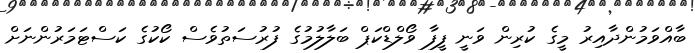
ބާއްވަމުންދާއިރު މީގެ ކުރިން ވަނީ ފީފާ ވޯލްޑްކަޕް ބަލާލުމުގެ ފުރުސަތުވެސް ކޯކުގެ ކަސްޓަމަރުންނަށް